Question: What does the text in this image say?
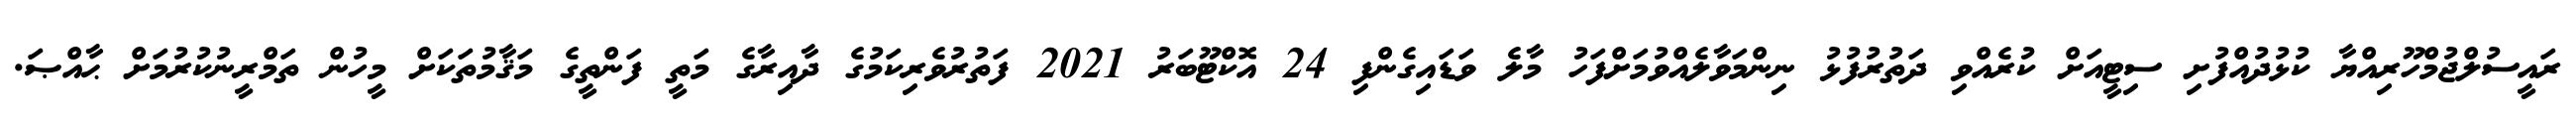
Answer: ރައީސުލްޖުމްހޫރިއްޔާ ކުޅުދުއްފުށި ސިޓީއަށް ކުރެއްވި ދަތުރުފުޅު ނިންމަވާލެއްވުމަށްފަހު މާލެ ވަޑައިގެންފި 24 އޮކްޓޫބަރު 2021 ފަތުރުވެރިކަމުގެ ދާއިރާގެ މަތީ ފަންތީގެ މަޤާމުތަކަށް މީހުން ތަމްރީނުކުރުމަށް ޙާއްޞަ.